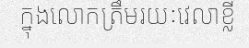
ក្នុងលោកត្រឹមរយៈវេលាខ្លី